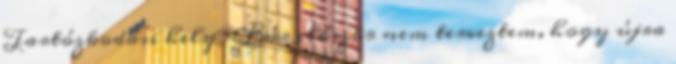
Tartózkodási hely : Bár először nem terveztem, hogy újra